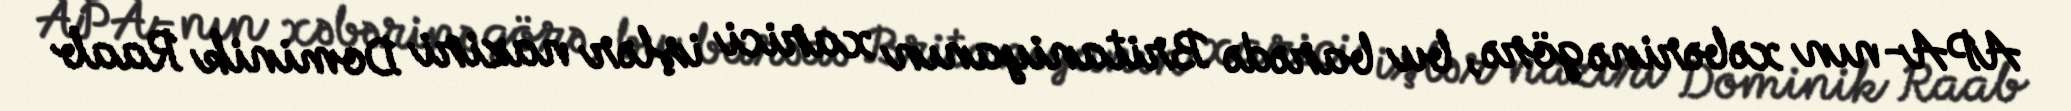
APA-nın xəbərinə görə, bu barədə Britaniyanın xarici işlər naziri Dominik Raab